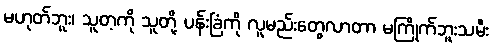
မဟုတ်ဘူး၊ သူတ့ကို သူတို့ ပန်းခြံကို လူမည်းတွေလာတာ မကြိုက်ဘူးသမီး